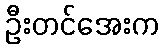
ဦးတင်အေးက